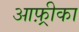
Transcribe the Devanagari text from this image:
आफ़्रीका